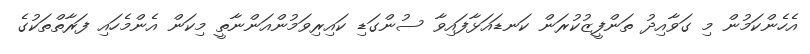
އެހެންކަމުން މި ގަވާއިދު ތަންފީޒުކުރަން ކަނޑައަޅާފައިވާ ސުންގަޑި ކައިރިވަމުންއަންނާތީ މިކަން އެންމެހައި ފަރާތްތަކުގެ